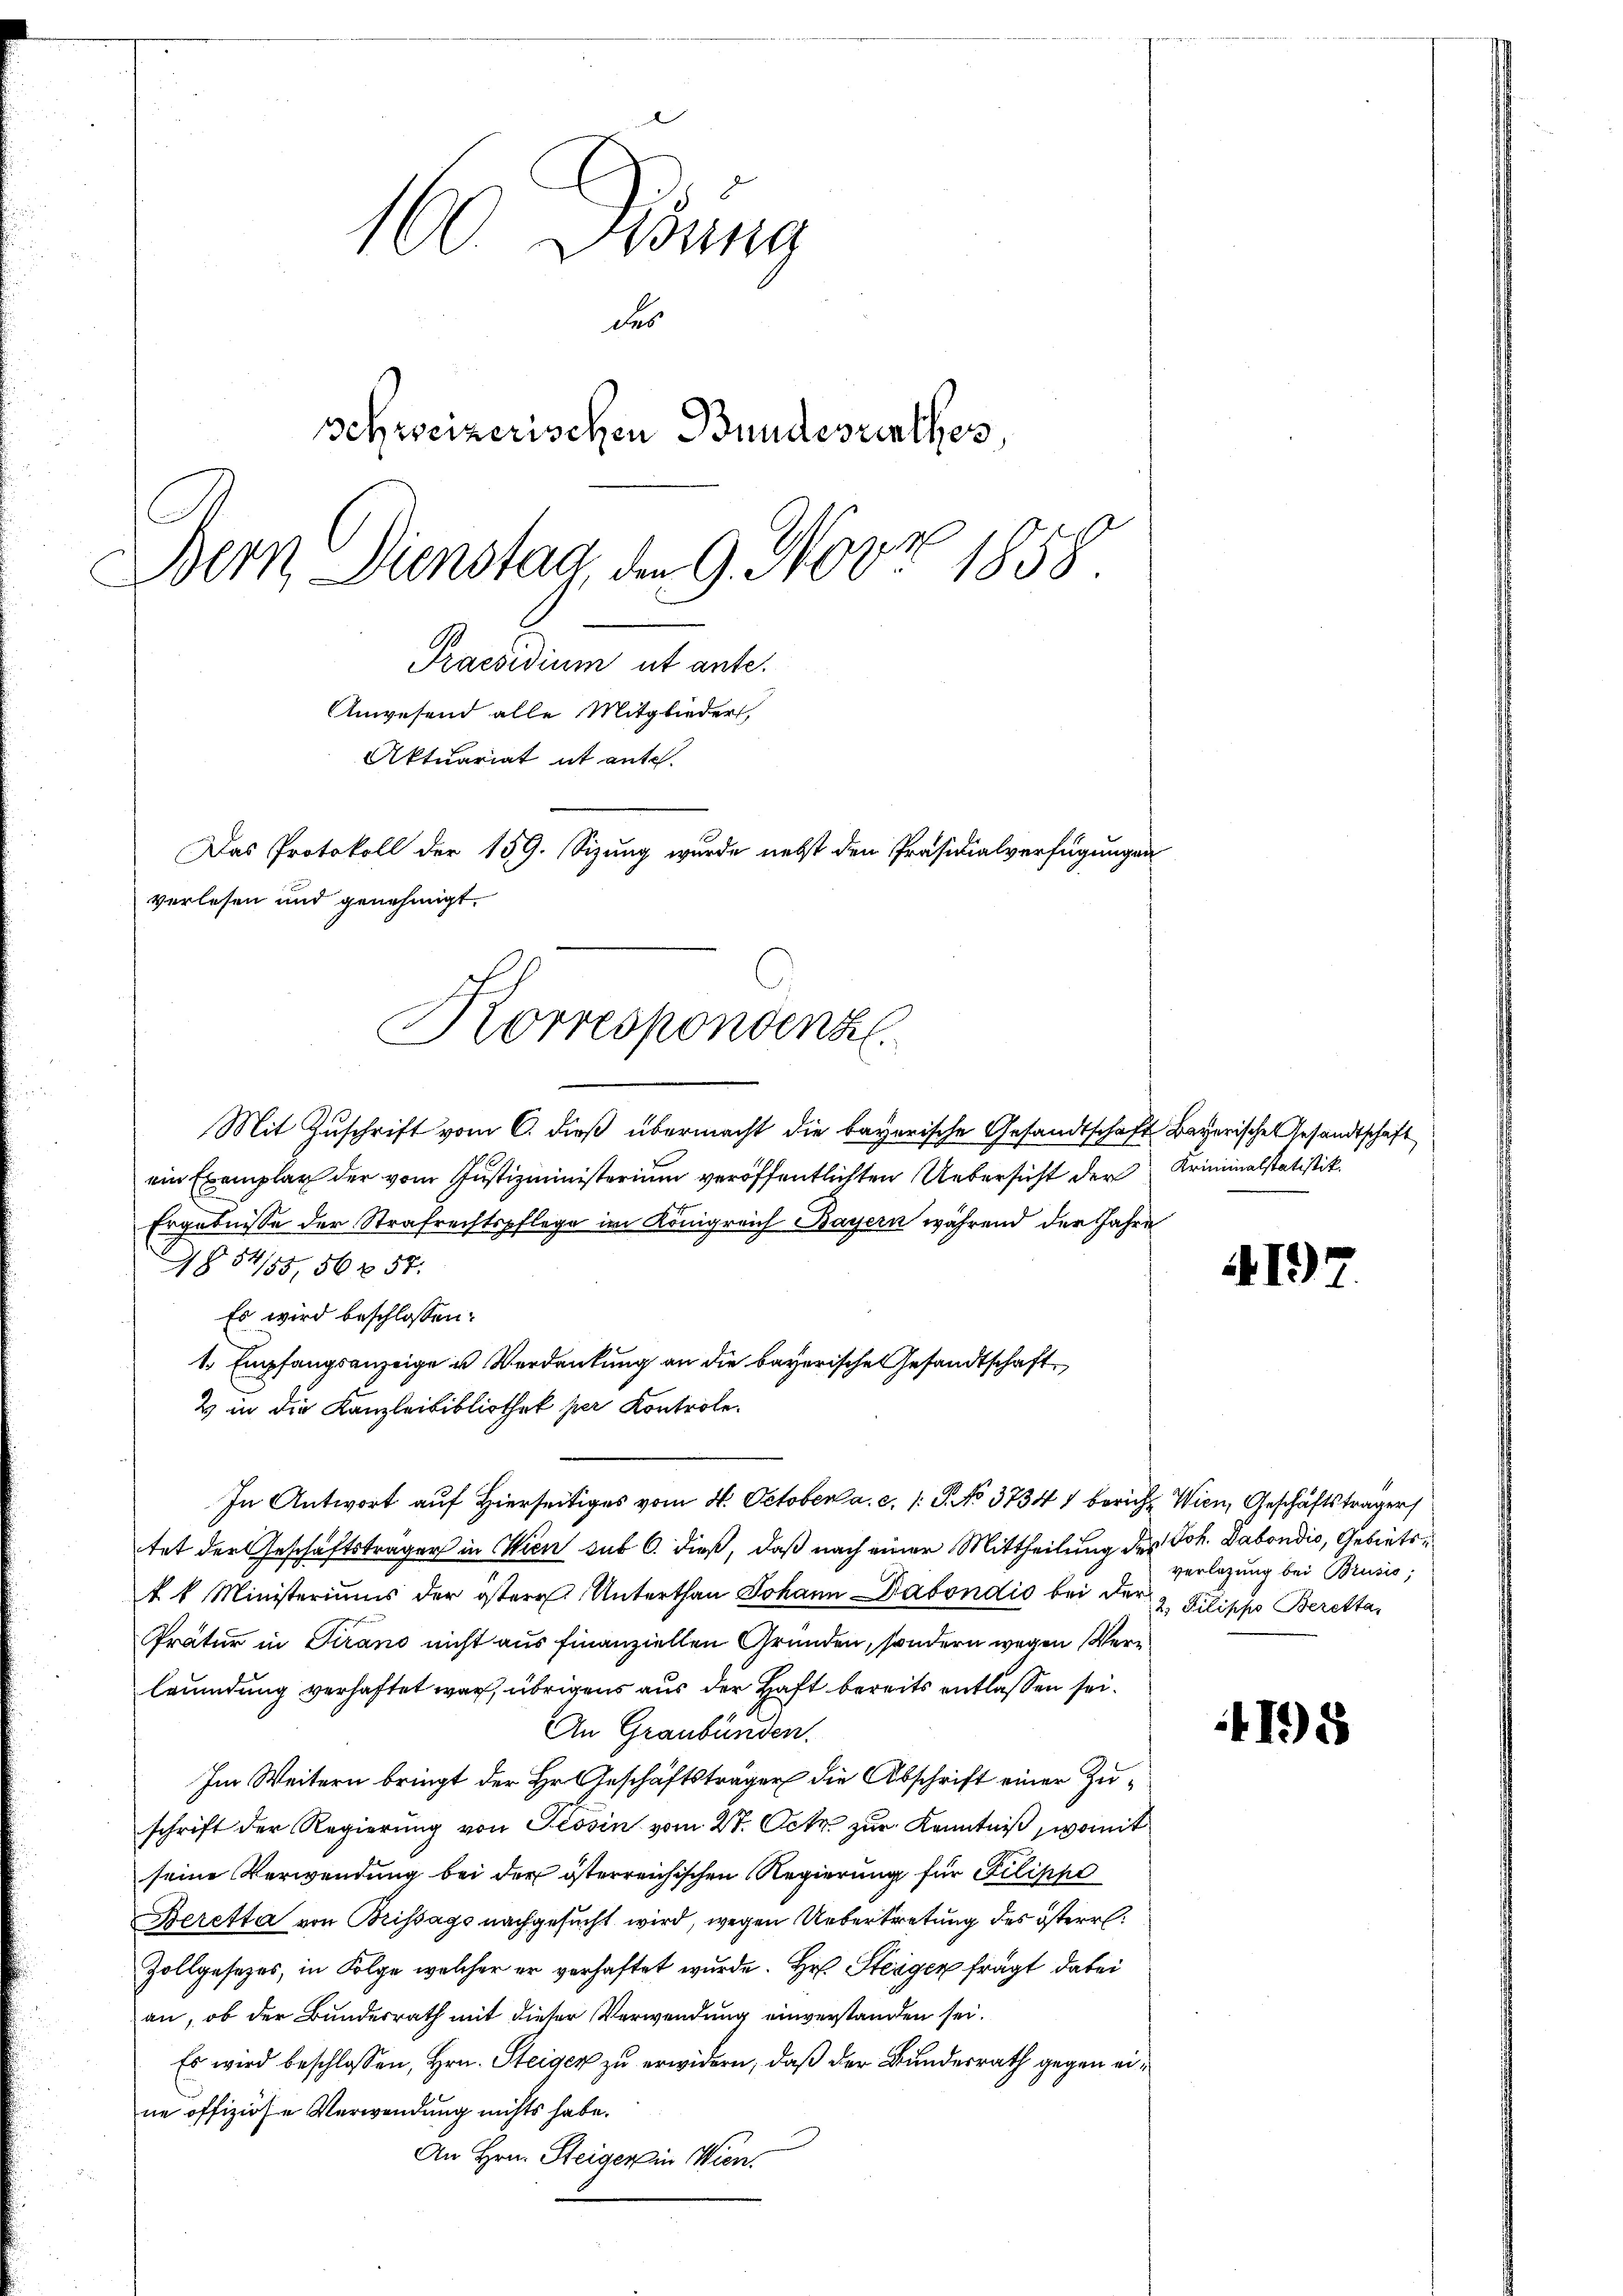
Mit Zuschrift vom 6. dieß übermacht die bayerische Gesandtschaft Bayerische Gesandtschaft
ein Exemplar der vom Justizministerium veröffentlichten Uebersicht der Kriminalstatistik.
Ergebnisse der Strafrechtspflege im Königreich Bayern während der Jahre
§ 54/55, 56 x 57.
Es wird beschlossen:
1. Empfangsanzeige u Verdankung an die bayerische Gesandtschaft¬
2 in die Kanzleibibliothek per Kontrole.
In Antwort auf Hierseitiges vom 4. October a. c. 1 S. No 3734 1 bericht Wien, Geschäftsträger
tet der Geschäftsträger in Wien sub 6. dieß, daß nach einer Mittheilung des Joh. Dabondis, Gebiets
kk Ministeriums der östere Unterthan Johann Dabondis bei der
Pratur in Tirano nicht aus finanziellen Gründen, sondern wegen Vere
leumdung verhaftet war, übrigens aus der Haft bereits entlassen sei.
An Graubünden.
Im Weitern bringt der Hr. Geschäftsträger die Abschrift einer Zuschrift der Regierung von Tessin vom 27. Oct. zur Kenntniß womit
seine Verwendung bei der österreichischen Regierung für Filippe
Beretta von Brissago nachgesucht wird, wegen Uebertretung des österr
Zollgesetzes, in Folge welcher er verhaftet wurde. Hr. Steiger fragt dabei
an, ob der Bundesrath mit dieser Verwendung einverstanden sei.
Es wird beschlossen, Hrn. Steiger zu erwidern, daß der Bundesrath gegen eine offiziöse Verwendung nichts habe.
An Hrn. Steiger in Wien.

Anwesend alle Mitgliedert,
Aktuariat it ente.
Das Protokoll der 159. Sizung wurde nebst den Präsidialverfügungen
verlesen und genehmigt.
Korrespondenz.

160 drung
des
schweizerischen Bundesrathes,
Bern Dienstag, den 9. Novz 1858.
Praesidium ut ante.

4197.

verlegung bei Brusis;
2. Pilippo Beretta.

4198